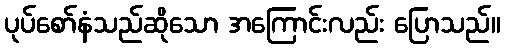
ပုပ်စော်နံသည်ဆိုသော အကြောင်းလည်း ပြောသည်။